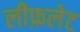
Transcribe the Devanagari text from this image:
लीफ़लेट